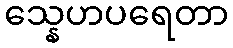
သ္နေဟပရေတာ